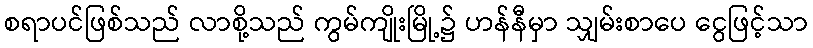
စရာပင်ဖြစ်သည် လာစို့သည် ကွမ်ကျိုးမြို့၌ ဟန်နီမှာ သျှမ်းစာပေ ငွေဖြင့်သာ